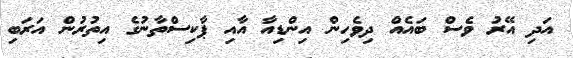
އަދި އޭރު ވެސް ބައެއް ދިވެހިން އިންޑިއާ އާއި ޕާކިސްތާނުގެ އިތުރުން އަރަބި